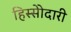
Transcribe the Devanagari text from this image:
हिस्सेोदारी